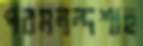
পরমনন্দশাহ